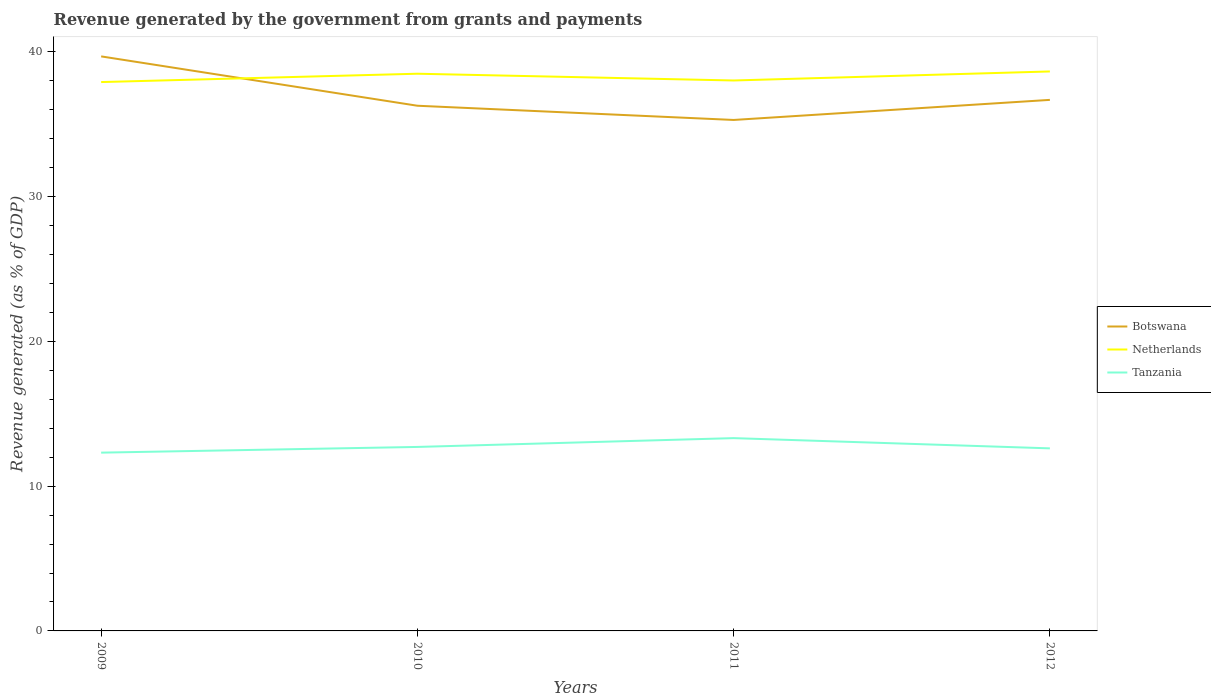
| Years | Botswana | Netherlands | Tanzania |
 | --- | --- | --- | --- |
 | 2009 | 39.7 | 37.9 | 12.3 |
 | 2010 | 36.3 | 38.5 | 12.7 |
 | 2011 | 35.3 | 38 | 13.3 |
 | 2012 | 36.7 | 38.6 | 12.6 |